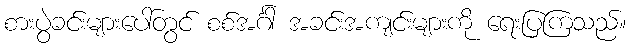
စားပွဲခင်းများပေါ်တွင် စစ်အင်္ဂါ အခင်းအကျင်းများကို ရေးပြကြသည်။